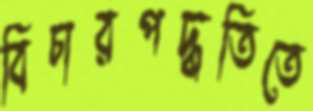
বিচারপদ্ধতিতে